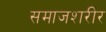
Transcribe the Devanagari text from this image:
समाजशरीर